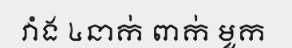
វាំង ៤នាក់ ពាក់ មួក